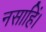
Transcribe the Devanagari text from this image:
नसाहिं।